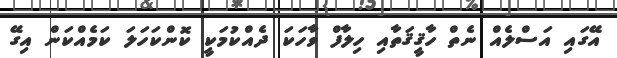
އޭގައި އަސްލެއް ނެތް ހާޤީޤަތާއި ހިލާފް ވާހަކަ ދެއްކުމަކީ ކޮންކަހަލަ ކަމެއްކަން އިގޭ